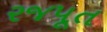
રજપૂત